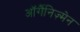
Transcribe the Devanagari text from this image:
ऑर्गैनिज़्मेन